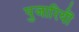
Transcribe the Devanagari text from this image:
पुजारियॊ